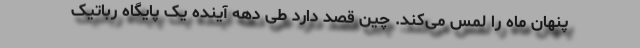
پنهان ماه را لمس می‌کند. چین قصد دارد طی دهه آینده یک پایگاه رباتیک